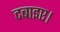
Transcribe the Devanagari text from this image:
दबाइए।